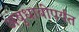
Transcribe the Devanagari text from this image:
अबुधाबीपर्यंत